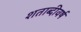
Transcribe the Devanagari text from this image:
शताब्दीवर्ष